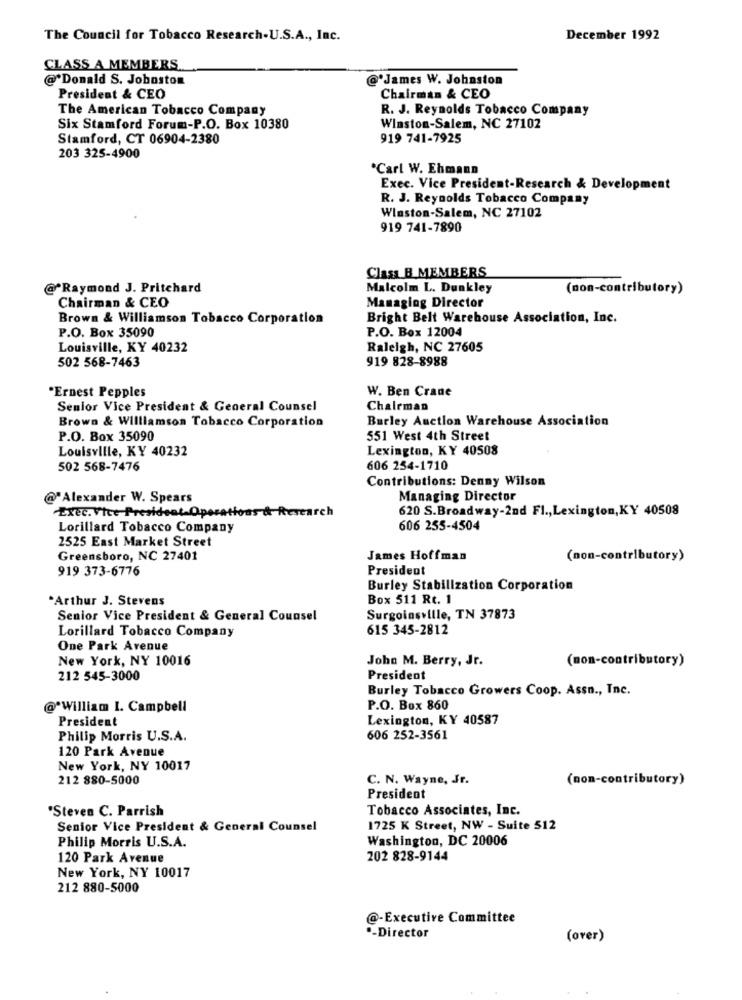
The Council for Tobacco Research-U.S.A ., Inc.
December 1992
CLASS A MEMBERS
@*Donald S. Joboston
@'James W. Johnston
President & CEO
Chairman & CEO
The American Tobacco Company
R. J. Reynolds Tobacco Company
Six Stamford Forum-P.O. Box 10380
Winston-Salem, NC 27102
Stamford, CT 06904-2380
919 741-7925
203 325-4900
*Carl W. Ehmann
Exec. Vice President-Research & Development
R. J. Reynolds Tobacco Company
Winston-Salem, NC 27102
919 741-7890
Class B MEMBERS
@*Raymond J. Pritchard
Malcolm L. Dunkley
(non-contributory)
Managing Director
Chairman & CEO
Brown & Williamson Tobacco Corporation
Bright Belt Warehouse Association, Inc.
P.O. Box 12004
P.O. Box 35090
Louisville, KY 40232
Raleigh, NC 27605
919 828-8988
502 568-7463
"Ernest Pepples
W. Ben Crane
Senior Vice President & General Counsel
Chairman
Brown & Williamson Tobacco Corporation
Barley Auction Warehouse Association
P.O. Box 35090
551 West 4th Street
Louisville, KY 40232
Lexington, KY 40508
502 568-7476
606 254-1710
Contributions: Denny Wilson
@'Alexander W. Spears
Managing Director
Exec. Vice President Operations & Research
620 S.Broadway-2nd Fl ., Lexington, KY 40508
Lorillard Tobacco Company
606 255-4504
2525 East Market Street
Greensboro, NC 27401
James Hoffman
(non-contributory)
919 373-6776
President
Burley Stabilization Corporation
"Arthur J. Stevens
Box 511 Rt. 1
Senior Vice President & General Counsel
Surgoinsville, TN 37873
Lorillard Tobacco Company
615 345-2812
One Park Avenue
New York, NY 10016
John M. Berry, Jr.
(non-contributory)
212 545-3000
President
Burley Tobacco Growers Coop. Assn ., Inc.
@*William I. Campbell
P.O. Box 860
Lexington, KY 40587
President
Philip Morris U.S.A.
606 252-3561
120 Park Avenue
New York, NY 10017
212 880-5000
C. N. Wayne, Jr.
(non-contributory)
President
"Steven C. Parrish
Tobacco Associates, Inc.
Senior Vice President & General Counsel
1725 K Street, NW - Suite 512
Philip Morris U.S.A.
Washington, DC 20006
120 Park Avenue
202 828-9144
New York, NY 10017
212 880-5000
@-Executive Committee
·- Director
(over)